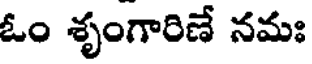
ఓం శృంగారిణే నమః